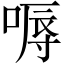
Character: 嗕